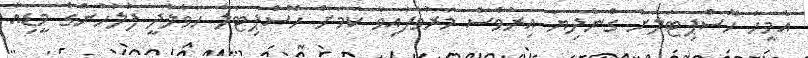
އެމީހާ ހޮސްޕިޓަލަށް ގެންދިޔަ އިރުވެސް މަރުވެފައިވާ ކަމަށް ހޮސްޕިޓަލާ ހަވާލާދީ ފުލުހުންގެ މީޑިއާ